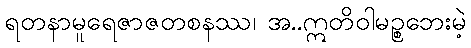
ရတနာမူရေဇာဇတစနဿ၊ အ..ဣတိဝါမဉ္စဘေးမဲ့